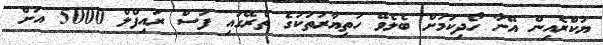
ޔުކްރެއިން އޭނާ ހޯދިކަމަށް ބެލެވޭ ހަތިޔާރުތަކުގެ ތެރޭގައި ފަސް ރައިފްލް 5000 އަށް